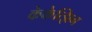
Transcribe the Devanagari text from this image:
केकेत्झिन